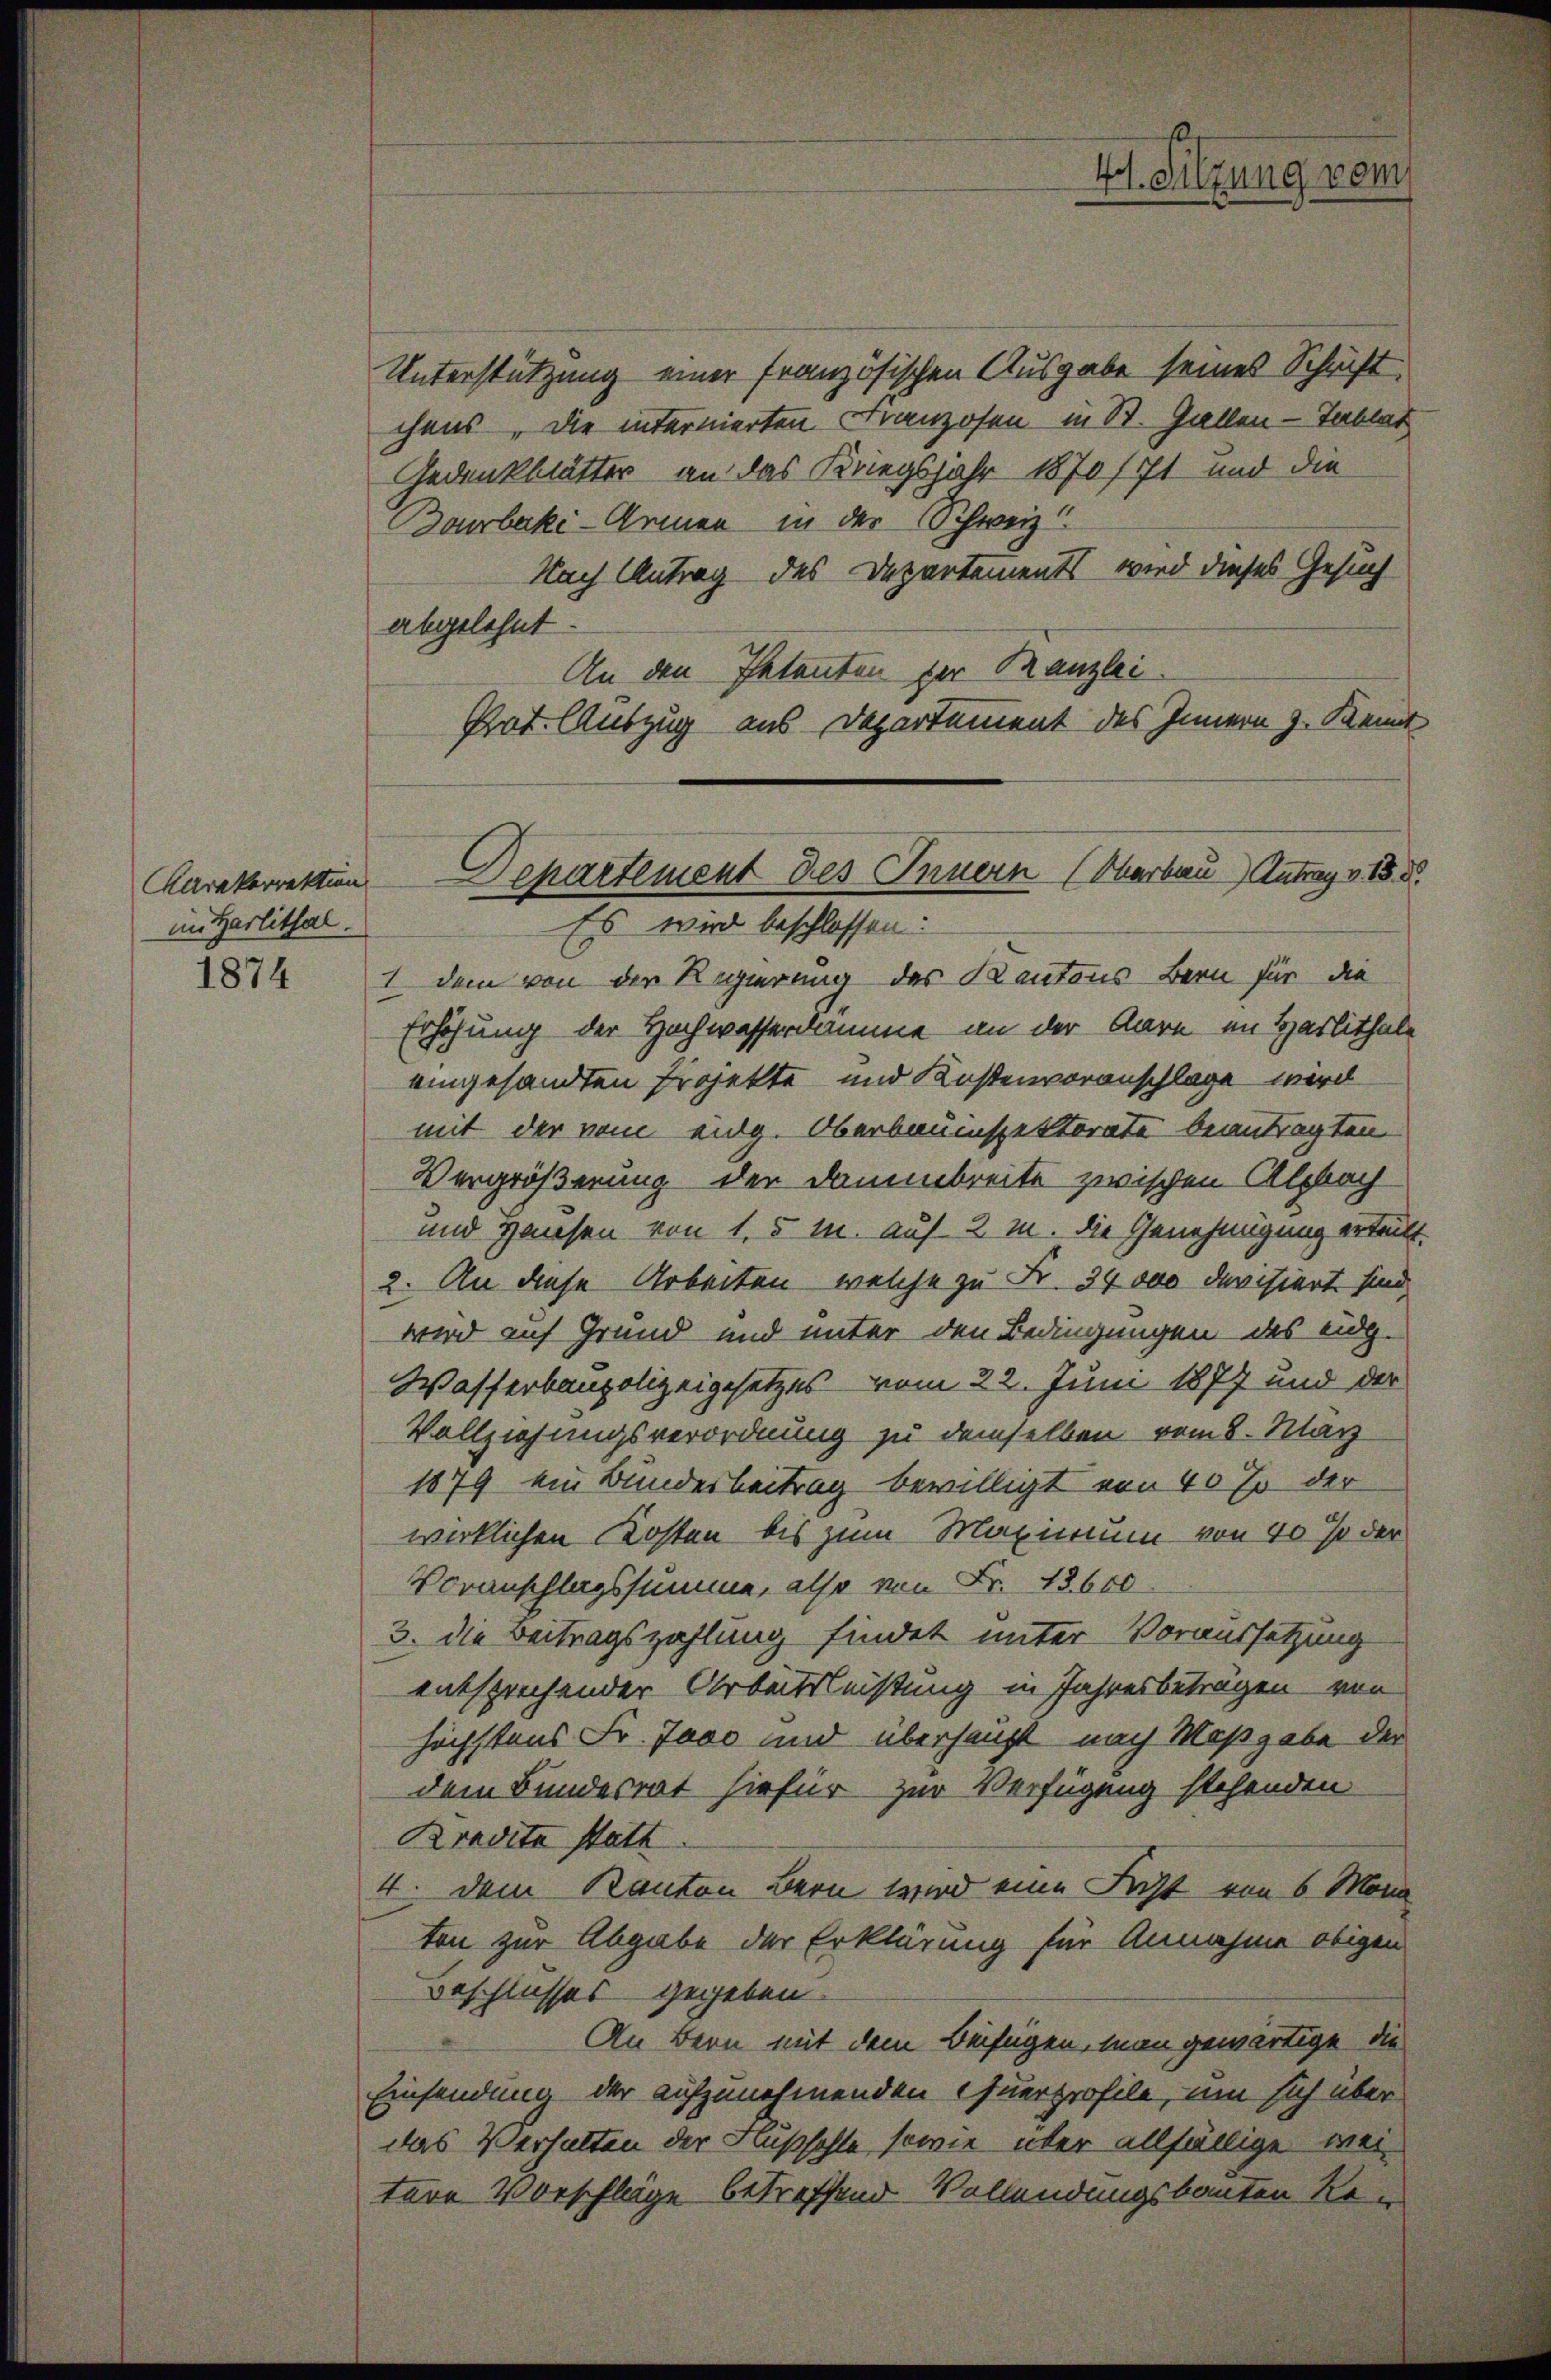
im Harlithal.

1874

Unterstützung einer französischen Ausgabe seines Schrift
chens, die internierten Franzosen in St. Gallen - Tablat
Gedankblätter an das Kriegsjahr 1870/71 und die
Bourbaki-Armen in der Schweiz
Nach Antrag des Departements wird dieses Gesuch
abgelehnt
An den Patenten der Kanzlei
Prot. Auszug aus Departement des Innern z. Kennt
Es wird beschlossen:
I dem von der Regierung des Kantons Bern für die
Erhöhung der Hochwasserdamme an der Aare in Harlithale
eingesandten Projekte und Kostenvoranschlage wird
mit der vom eidg. Oberbauinspektorate beantragten
Vergrößerung der Dammbreite zwischen Albach
und Hausen von 1,5 M. auf 2 M. die Genehmigung erteilt.
2. An diese Arbeiten, welche zu Fr. 34000 devisiert sind,
wird auf Grund und unter den Bedingungen des eidg.
Wasserbaupolizeigesetzes vom 22. Juni 1877 und der
Vollziehungsverordnung zu demselben vom 8. May
1879 ein Bundesbeitrag bewilligt von 40 % der
wirklichen Kosten bis zum Maximum von 40 % der
Voranschlagssumme, also von Fr. 18600
3. die Beitragszahlung findet unter Voraussetzung
entsprechender Arbeitsleistung in Jahresbeträgen von
höchstens Fr. 7000 und überhaupt nach Maßgabe der
dem Bundesrat hiefür zur Verfügung stehenden
Kredita statt
4. dem Kanton Bern wird eine Ficht von 6 Mona
ten zur Abgabe der Erklärung für Annahme obigen
Beschlusses gegeben.
An Bern mit dem Beifügen, man gewärtige die
Einsendung der aufzunehmenden Querprofile, um sich über
das Verhalten der Flußsohle sowie über allfällige weitere Vorschläge betreffend Vollendungsbauten Re¬

4t. Sitzung vom

Karakorrektion Departement des Innern (Marbau Antrag v. 18. d.